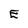
Character: E